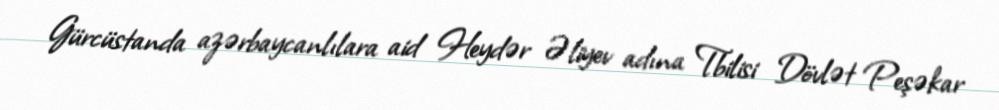
Gürcüstanda azərbaycanlılara aid Heydər Əliyev adına Tbilisi Dövlət Peşəkar